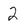
Character: 2